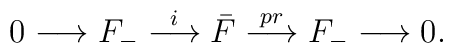
0 \longrightarrow F_- \stackrel{i}{\longrightarrow} \bar{F}  \stackrel{pr}{\longrightarrow} F_-  \longrightarrow 0.